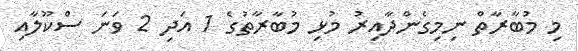
މި މުބާރާތް ނިމިގެންދާއިރު މުޅި މުބާރާތުގެ 1 އަދި 2 ވަނަ ސްކޫލާއި